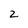
Character: 2